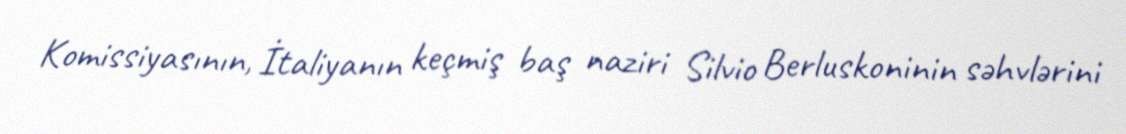
Komissiyasının, İtaliyanın keçmiş baş naziri Silvio Berluskoninin səhvlərini